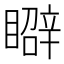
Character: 𥋑